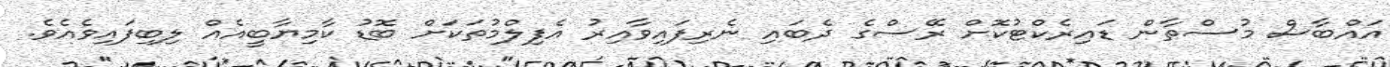
އައްބާސް މުސްތާން ޑައިރެކްޓުކޮށް ރޭސްގެ ދެބައި ނެރިފައިވާއިރު އެފިލްމުތަކަށް ބޮޑު ކާމިޔާބީއެއް ލިބިފައިވެއެވެ.